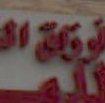
ة